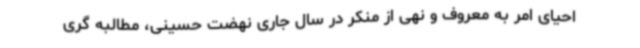
احیای امر به معروف و نهی از منکر در سال جاری نهضت حسینی، مطالبه گری